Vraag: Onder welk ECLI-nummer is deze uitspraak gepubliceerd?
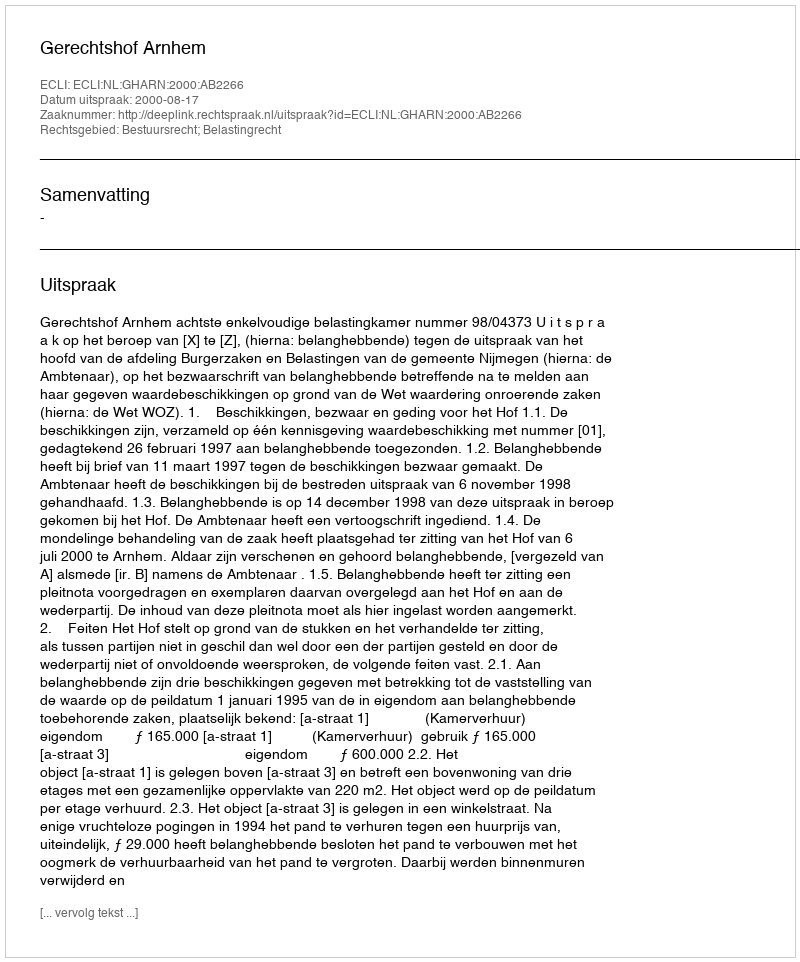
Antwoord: ECLI:NL:GHARN:2000:AB2266